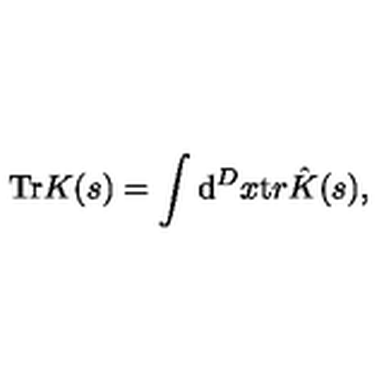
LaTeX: { \mathrm { T r } } K ( s ) = \int { \mathrm d } ^ { D } x { \mathrm t r } \hat { K } ( s ) ,